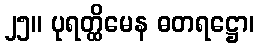
၂၅။ ပုရတ္ထိမေန ဓတရဋ္ဌော၊